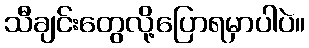
သီချင်းတွေလို့ပြောရမှာပါပဲ။